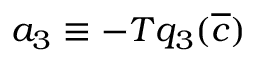
a _ { 3 } \equiv - T q _ { 3 } ( \overline { { c } } )